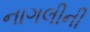
નાગલીની